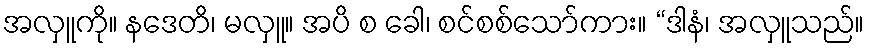
အလှူကို။ နဒေတိ၊ မလှူ။ အပိ စ ခေါ၊ စင်စစ်သော်ကား။ “ဒါနံ၊ အလှူသည်။